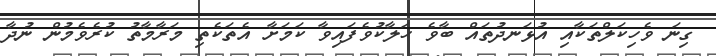
ގިނަ ވެހިކަލްތަކާއި އުޅަނދުތައް ބާވެ ހަލާކުވެފައިވާ ކަމަށާ އެތަކެތި މަރާމާތު ކުރެވެމުން ނުދާ